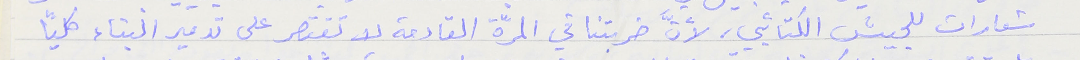
شعارات للجيش الكتائبي، لأنَّ ضربتنا في المرّة القادمة لا تقتصر على تدمير البناء كليًا